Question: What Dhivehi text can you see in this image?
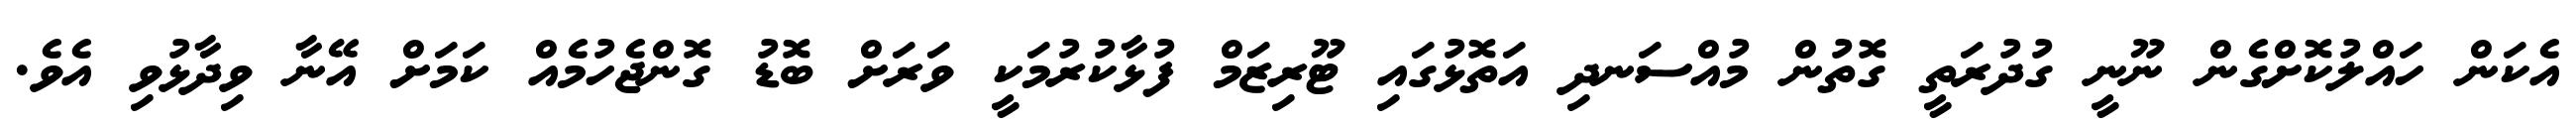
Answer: އެކަން ހައްލުކޮށްގެން ނޫނީ ގުދުރަތީ ގޮތުން މުއްސަނދި އަތޮޅުގައި ޓޫރިޒަމް ފުޅާކުރުމަކީ ވަރަށް ބޮޑު ގޮންޖެހުމެއް ކަމަށް އޭނާ ވިދާޅުވި އެވެ.